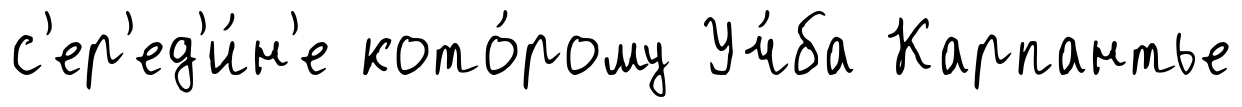
с'ер'ед'и́н'е кото́рому Уч́ба Карпантье